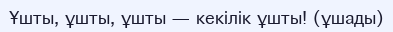
Ұшты, ұшты, ұшты — кекілік ұшты! (ұшады)